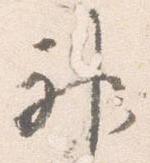
神